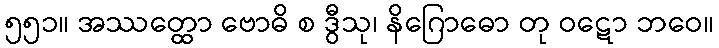
၅၅၁။ အဿတ္ထော ဗောဓိ စ ဒွီသု၊ နိဂြောဓော တု ဝဋော ဘဝေ။